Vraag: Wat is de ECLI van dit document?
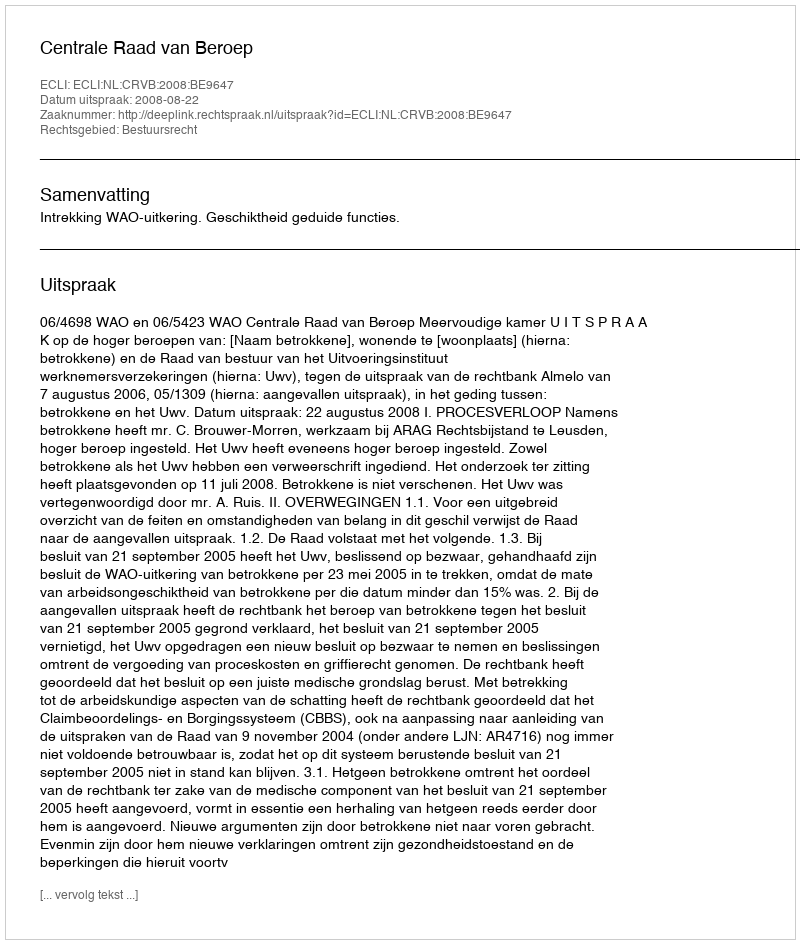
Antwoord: ECLI:NL:CRVB:2008:BE9647